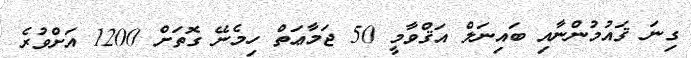
ގިނަ ޤައުމުންނާއި ބައިނަލް އަޤްވާމީ 50 ޖަމާޢަތް ހިމެނޭ ގޮތަށް 1200 އަށްވުރެ